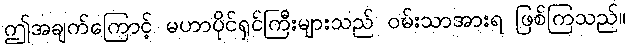
ဤအချက်ကြောင့် မဟာပိုင်ရှင်ကြီးများသည် ဝမ်းသာအားရ ဖြစ်ကြသည်။